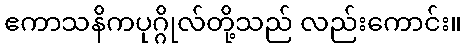
ဧကာသနိကပုဂ္ဂိုလ်တို့သည် လည်းကောင်း။